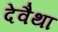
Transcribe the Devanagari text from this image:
देवैथा